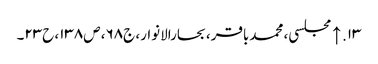
۱۳. ↑ مجلسی، محمدباقر، بحارالانوار، ج۶۸، ص۱۳۸، ح۲۳۔